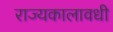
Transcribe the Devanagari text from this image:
राज्यकालावधी